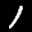
Label: 1